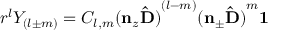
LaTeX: r ^ { l } Y _ { ( l \pm m ) } = C _ { l , m } ( \mathbf { n } _ { z } \mathbf { \hat { D ) } } ^ { ( l - m ) } ( \mathbf { n } _ { \pm } \mathbf { \hat { D ) } } ^ { m } \mathbf { 1 }